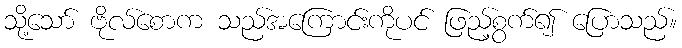
သို့သော် ဗိုလ်စောက သည်အကြောင်းကိုပင် ဖြည့်စွက်၍ ပြောသည်။